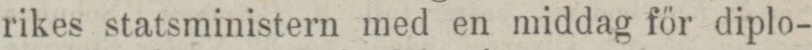
rikes statsministern med en middag för diplo-